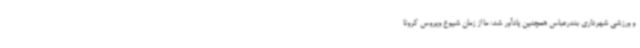
و ورزشی شهرداری بندرعباس همچنین یادآور شد: ما از زمان شیوع ویروس کرونا